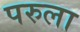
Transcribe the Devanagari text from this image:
परुला